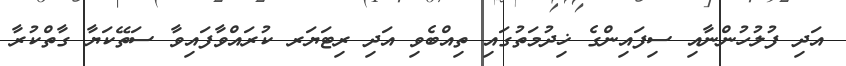
އަދި ފުލުހުންނާއި ސިފައިންގެ ޚިދުމަތުގައި ތިއްބެވި އަދި ރިޓަޔަރ ކުރައްވާފައިވާ ސަތޭކަޔާ ގާތްކުރާ